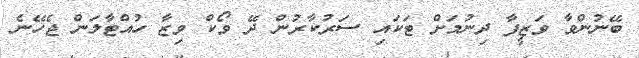
ބޭނުންވާ ވަޒީފާ ދިނުމަށް ޓަކައި ސަރުކާރުން ދޭ ވޯކް ވިޒާ ހުއްޓާލަން ޖެހޭނެ